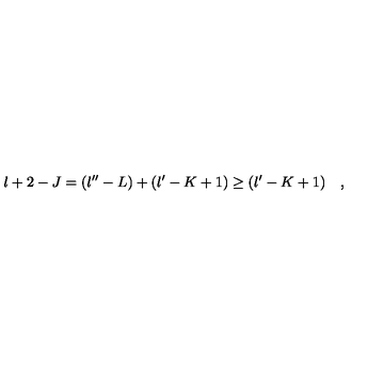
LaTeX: l + 2 - J = ( l ^ { \prime \prime } - L ) + ( l ^ { \prime } - K + 1 ) \geq ( l ^ { \prime } - K + 1 ) \quad ,